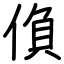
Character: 偩